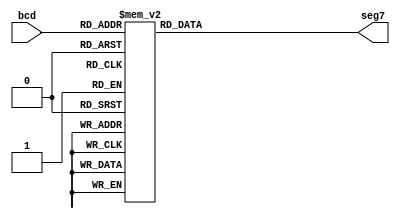
module SevenSegmentDisplay(
								bcd,
								seg7
								);
								
input 	[3:0]	bcd; 

output reg	[6:0]	seg7;

always @*
	case (bcd)
	4'b0000 :      	//Hexadecimal 0
	seg7 <= 7'b1000000;
	4'b0001 :    		//Hexadecimal 1
	seg7 <= 7'b1111001 ;
	4'b0010 :  		// Hexadecimal 2
	seg7 <= 7'b0100100; 
	4'b0011 : 		// Hexadecimal 3
	seg7 <= 7'b0110000;
	4'b0100 :		// Hexadecimal 4
	seg7 <= 7'b0011001;
	4'b0101 :		// Hexadecimal 5
	seg7 <= 7'b0010010;  
	4'b0110 :		// Hexadecimal 6
	seg7 <= 7'b0000010;
	4'b0111 :		// Hexadecimal 7
	seg7 <= 7'b1111000;
	4'b1000 :     		 //Hexadecimal 8
	seg7 <= 7'b0000000;
	4'b1001 :    		//Hexadecimal 9
	seg7 <= 7'b0011000;
	4'b1010 :  		// Hexadecimal A
	seg7 <= 7'b0001000; 
	4'b1011 : 		// Hexadecimal B
	seg7 <= 7'b0000011;
	4'b1100 :		// Hexadecimal C
	seg7 <= 7'b1000110;
	4'b1101 :		// Hexadecimal D
	seg7 <= 7'b0100001;
	4'b1110 :		// Hexadecimal E
	seg7 <= 7'b0000110;
	4'b1111 :		// Hexadecimal F
	seg7 <= 7'b0001110;
	endcase
	
endmodule